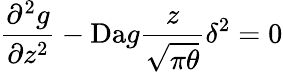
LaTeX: \frac{\partial^{2}g}{\partial z^{2}}-\mathrm{Da}g\frac{z}{\sqrt{\pi\theta}}\delta^{2}=0